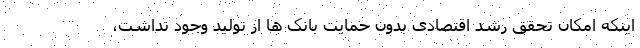
اینکه امکان تحقق رشد اقتصادی بدون حمایت بانک ها از تولید وجود نداشت،